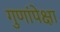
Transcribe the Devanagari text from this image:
गुणांपेक्षा